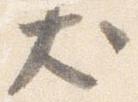
犬